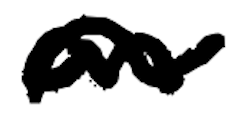
Text: an
Cross-out: wave
Writing tool: digital_black